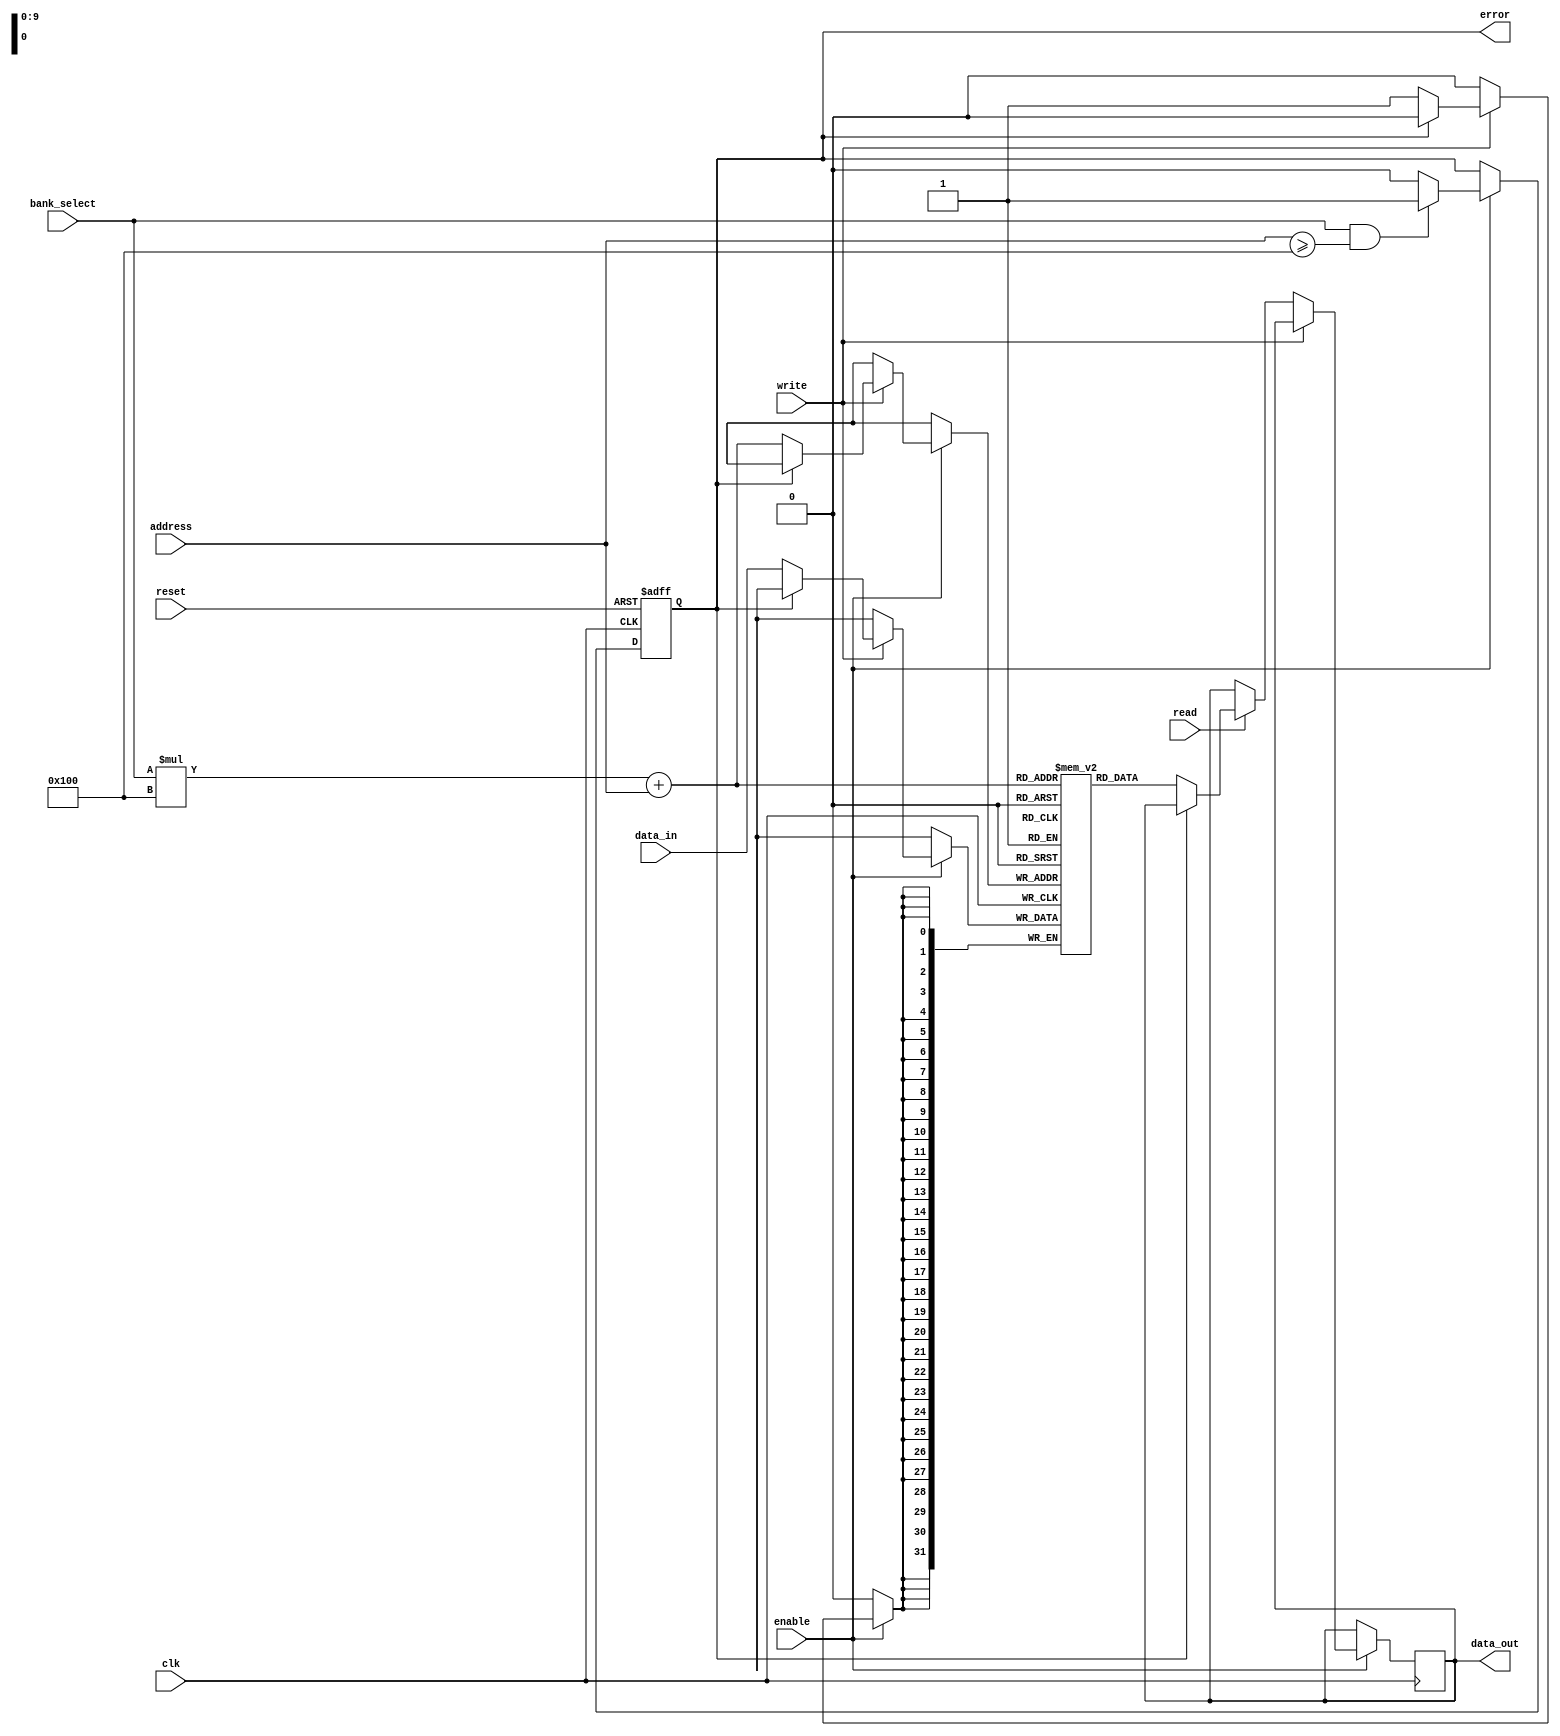
module distributed_memory #(
    parameter NUM_BANKS = 4,          // Number of memory banks
    parameter BANK_SIZE = 256,         // Size of each memory bank
    parameter DATA_WIDTH = 32          // Data width (8, 16, or 32 bits)
)(
    input wire clk,                    // Clock signal
    input wire reset,                  // Reset signal
    input wire enable,                 // Enable signal
    input wire [NUM_BANKS-1:0] bank_select, // Bank selection signal
    input wire [DATA_WIDTH-1:0] data_in, // Data input
    output reg [DATA_WIDTH-1:0] data_out, // Data output
    input wire [7:0] address,          // Address input
    input wire read,                   // Read control signal
    input wire write,                  // Write control signal
    output reg error                   // Error signal
);

    // Memory bank declaration
    reg [DATA_WIDTH-1:0] memory [0:NUM_BANKS-1][0:BANK_SIZE-1];
    
    // Error detection (simple example)
    always @(posedge clk or posedge reset) begin
        if (reset) begin
            error <= 1'b0;
        end else if (enable) begin
            // Check for valid bank selection and address range
            if (bank_select && (address >= BANK_SIZE)) begin
                error <= 1'b1; // Invalid address
            end else begin
                error <= 1'b0; // No error
            end
        end
    end

    // Memory access
    always @(posedge clk) begin
        if (enable) begin
            if (write) begin
                // Write operation
                if (!error) begin
                    memory[bank_select][address] <= data_in;
                end
            end else if (read) begin
                // Read operation
                if (!error) begin
                    data_out <= memory[bank_select][address];
                end
            end
        end
    end

endmodule